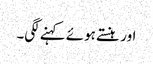
اور ہنستے ہوئے کہنے لگی۔